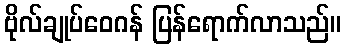
ဗိုလ်ချုပ်ဝေဂန် ပြန်ရောက်လာသည်။